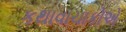
કથાવાચાકોએ